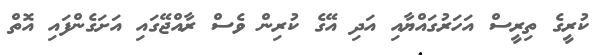
ކުރީގެ ތިރީސް އަހަރުގައްޔާއި އަދި އޭގެ ކުރިން ވެސް ރާއްޖޭގައި އަށަގެންފައި އޮތް